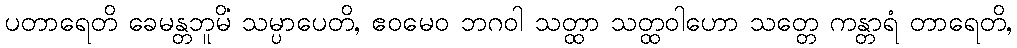
ပတာရေတိ ခေမန္တဘူမိံ သမ္ပာပေတိ, ဧဝမေဝ ဘဂဝါ သတ္ထာ သတ္ထဝါဟော သတ္တေ ကန္တာရံ တာရေတိ,